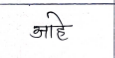
मजकूर: आहे